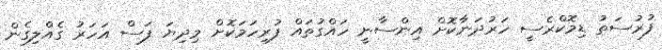
ފުރުސަތު ޑިމޮކްރެސީ ހަރުދަނާކޮށް އިންސާނީ ހައްގުތައް ފުރިހަމަކޮށް މިދިޔަ ފަސް އަހަރު ގެއްލިގެން